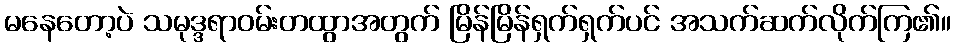
မနေတော့ပဲ သမုဒ္ဒရာဝမ်းတထွာအတွက် မြိန်မြိန်ရှက်ရှက်ပင် အသက်ဆက်လိုက်ကြ၏။